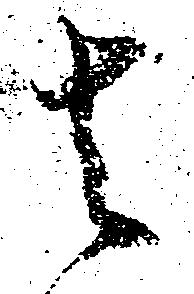
去